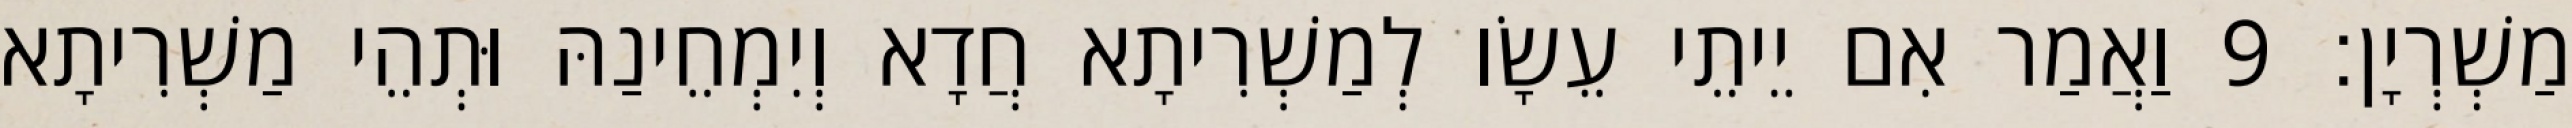
מַשְׁרְיָן׃ 9 וַאֲמַר אִם יֵיתֵי עֵשָׂו לְמַשְׁרִיתָא חֲדָא וְיִמְחֵינַהּ וּתְהֵי מַשְׁרִיתָא